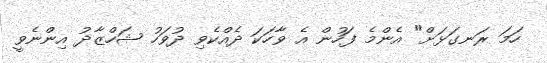
ހަމަ ރަނގަޅަށް" އެންމެ ފަހުން އެ ވާހަކަ ދެއްކެވި ދުވަހު ޝަހްޒާދު އިންނެވީ